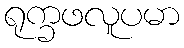
ရုက္ခဖလူပမာ